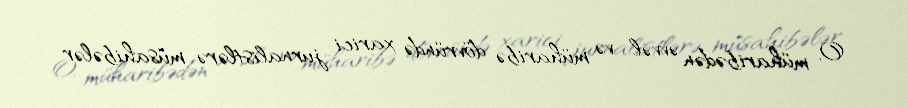
O, müharibədən əvvəl və müharibə dövründə xarici jurnalistlərə müsahibələr